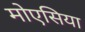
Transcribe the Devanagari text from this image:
मोएसिया